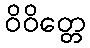
ဝိဝိတ္တေ